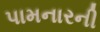
પામનારની